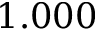
1 . 0 0 0